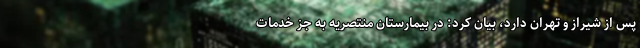
پس از شیراز و تهران دارد، بیان کرد: در بیمارستان منتصریه به جز خدمات